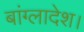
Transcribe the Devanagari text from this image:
बांग्‍लादेश।